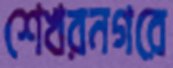
শেখরনগরে